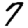
Digit: 7